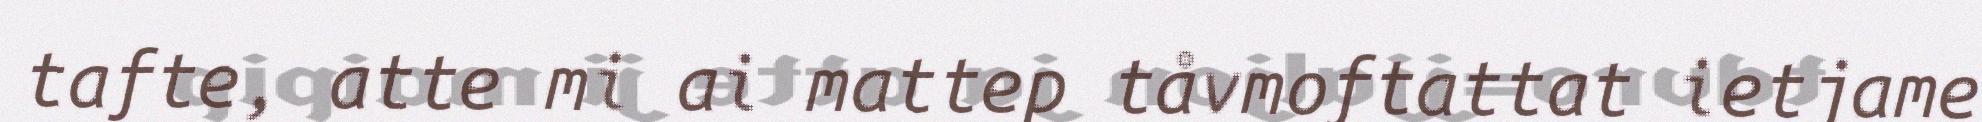
tafte, atte mi ai mattep tåvmoftattat ietjame